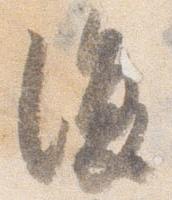
復